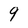
Character: 9